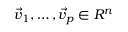
\vec { v } _ { 1 } , \dotsc , \vec { v } _ { p } \in R ^ { n }